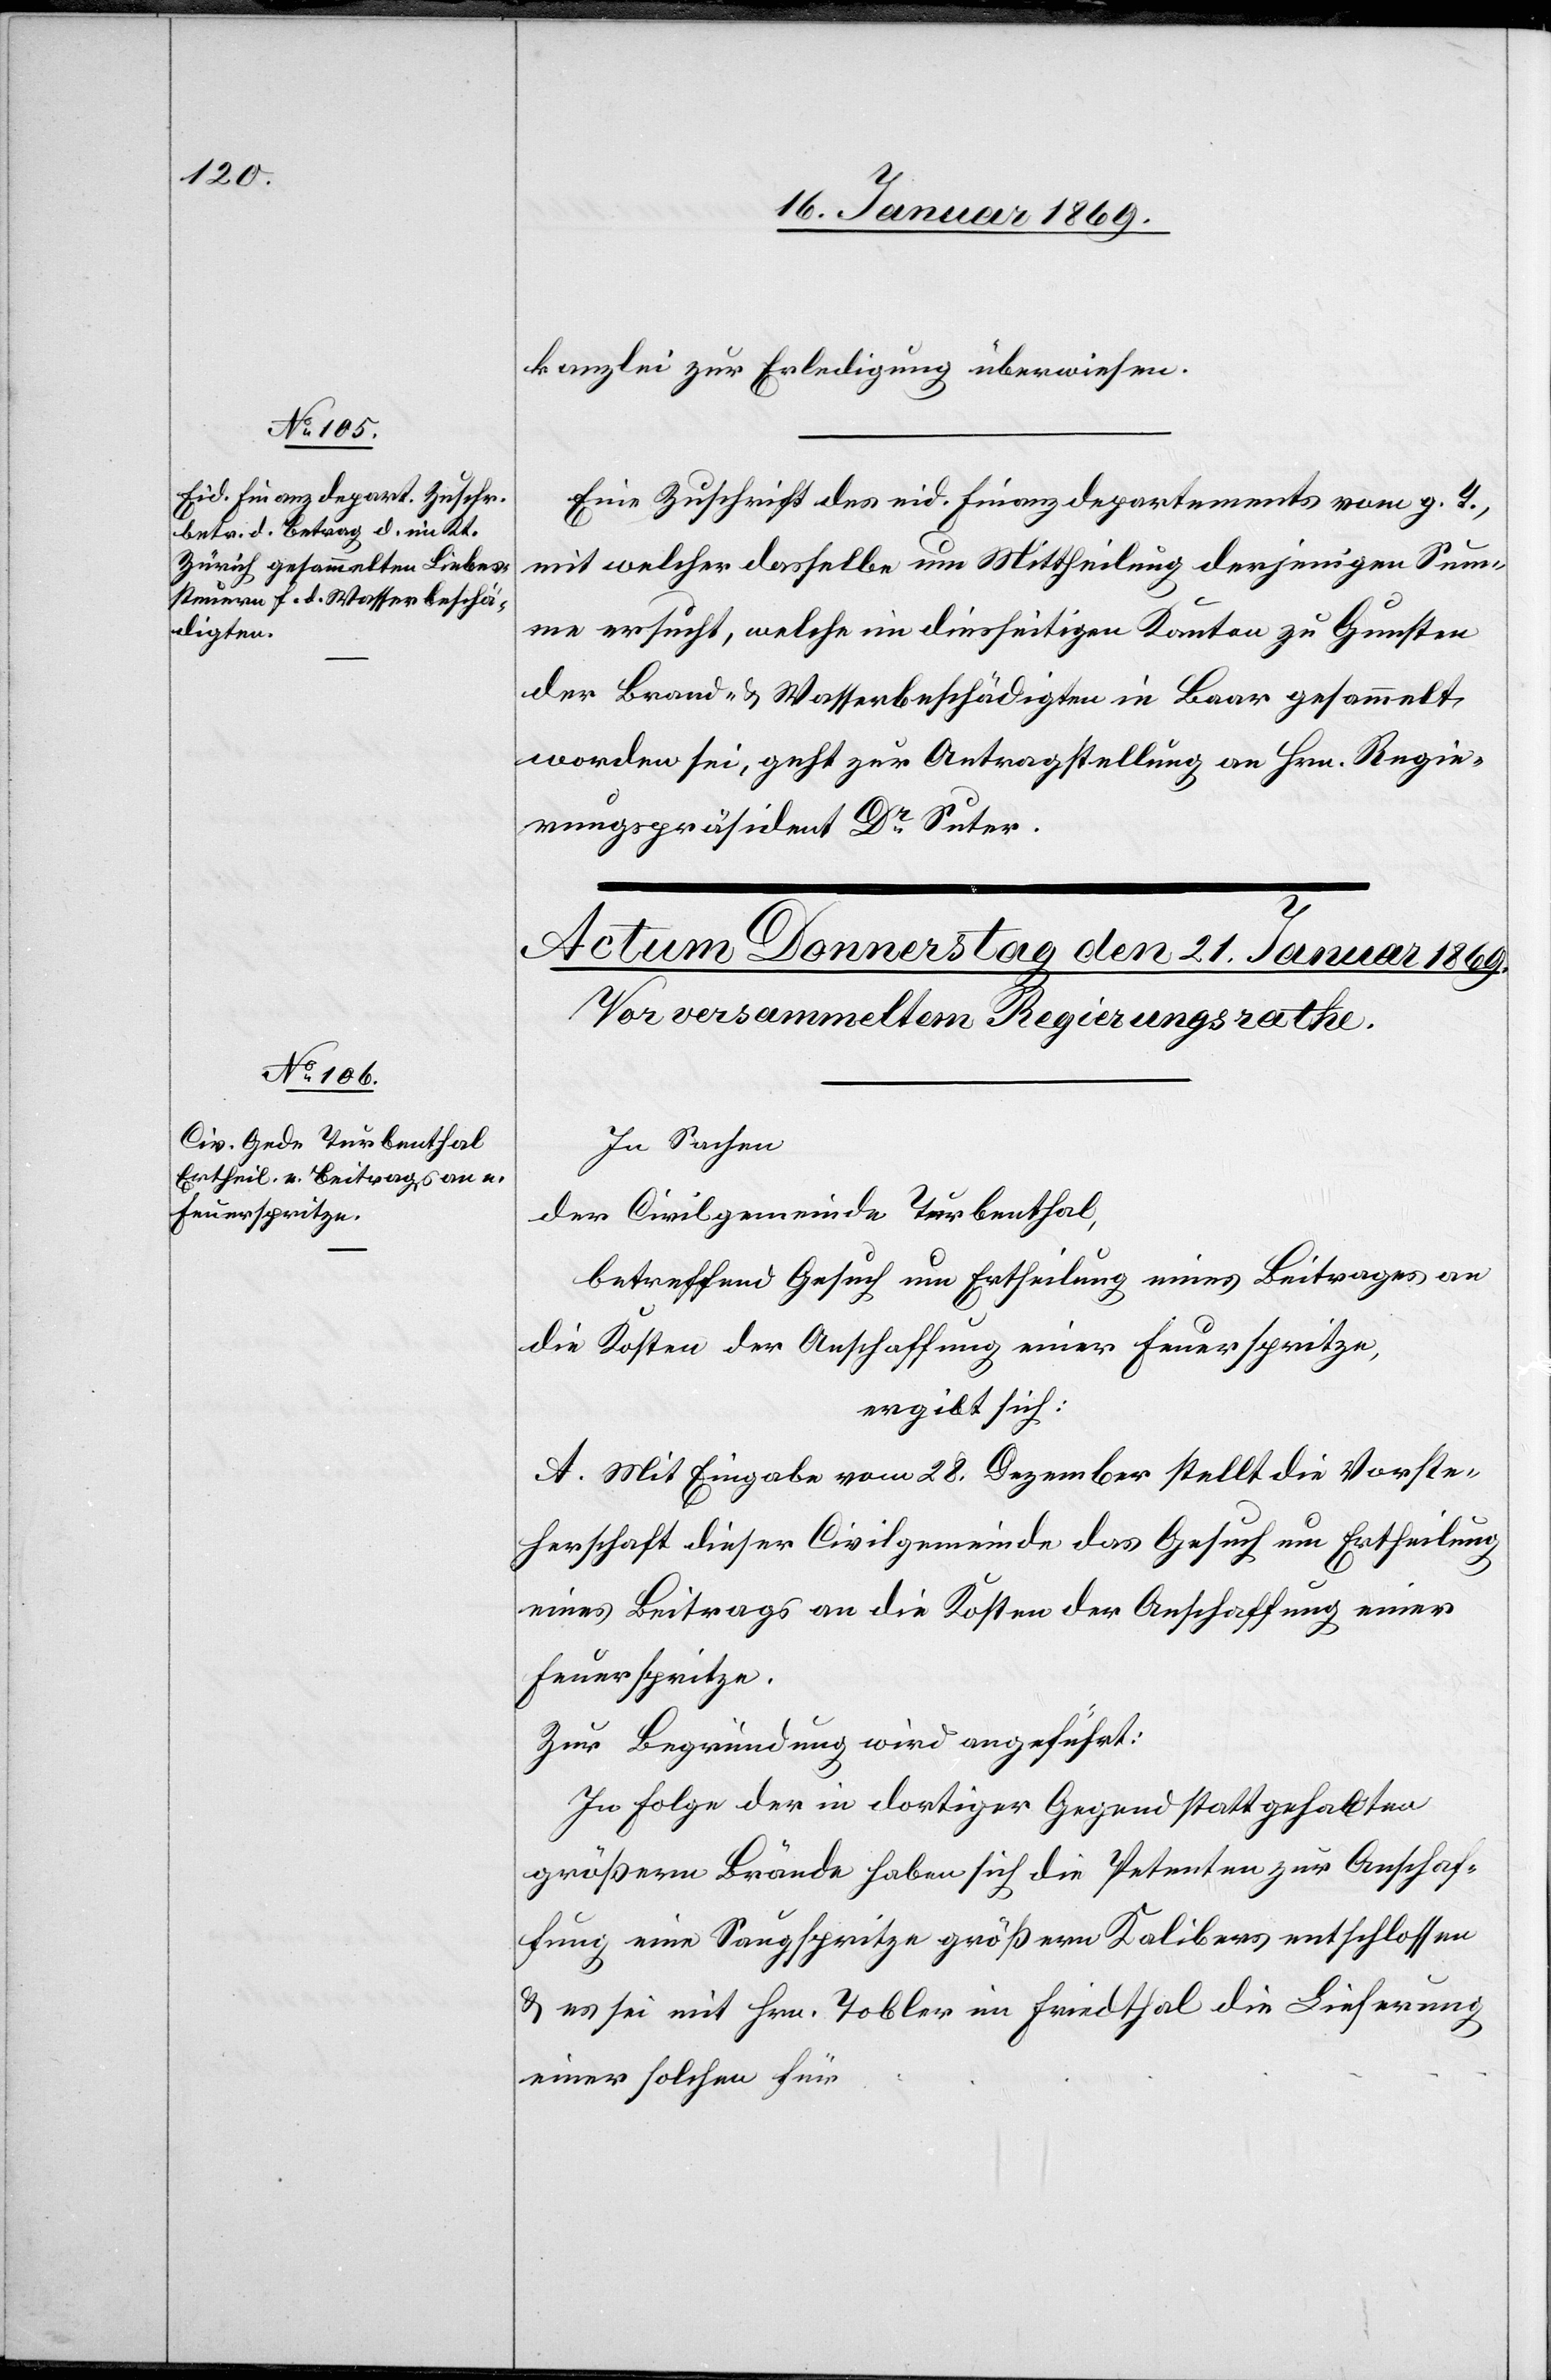
20. Januar 1869.]
kanzlei zur Erledigung überwiesen.
Eine Zuschrift des eid. Finanzdepartements vom g. T.,
mit welcher dasselbe um Mittheilung derjenigen Sum¬
me ersucht, welche im diesseitigen Kanton zu Gunsten
der Brand- u. Wasserbeschädigten in Baar gesammelt
worden sei, geht zur Antragstellung an Hrn. Regie¬
rungspräsident Dr. Suter.
In Sachen,
der Civilgemeinde Turbenthal,
betreffend Gesuch um Ertheilung eines Beitrages an
die Kosten der Anschaffung einer Feuerspritze,
ergibt sich:
A. Mit Eingabe vom 28. Dezember stellt die Vorste¬
herschaft dieser Civilgemeinde das Gesuch um Ertheilung
eines Beitrags an die Kosten der Anschaffung einer
Feuerspritze.
Zur Begründung wird angeführt:
In Folge der in der dortiger Gegend statt gehabten
größern Brände haben sich die Petenten zur Anschaf¬
fung eine Saugspritze größeren Kalibers entschlossen
u. es sei mit Hrn. Tobler im Friedthal die Lieferung
einer solchen für